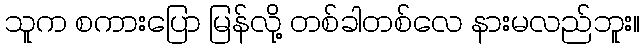
သူက စကားပြော မြန်လို့ တစ်ခါတစ်လေ နားမလည်ဘူး။